Report of the Indian Hemp Drugs Commission, 1894-1895 - Volume VI
Year: 1894
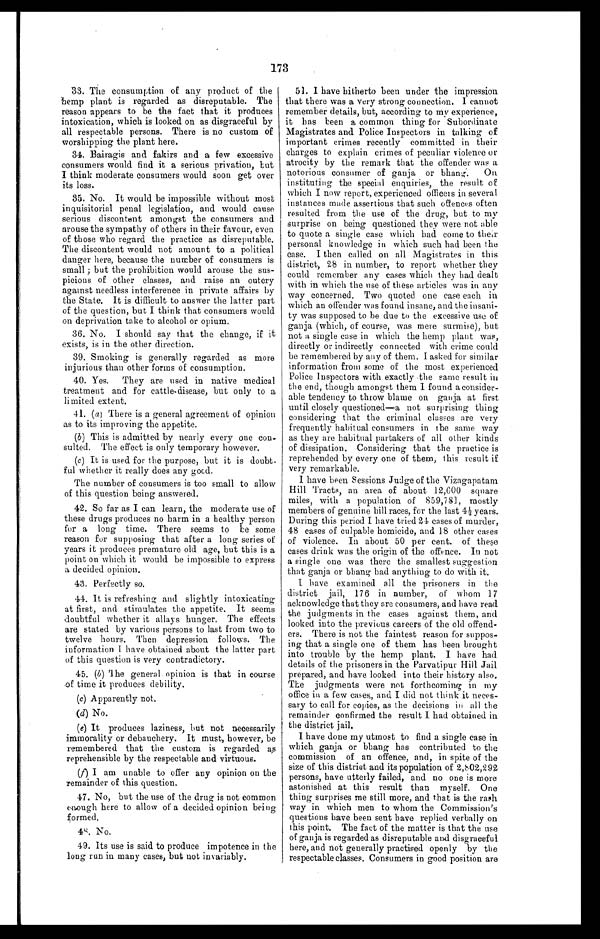
173
33. The consumption of any product of the
hemp plant is regarded as disreputable. The
reason appears to be the fact that it produces
intoxication, which is looked on as disgraceful by
all respectable persons. There is no custom of
worshipping the plant here.
34. Bairagis and fakirs and a few excessive
consumers would find it a serious privation, but
I think moderate consumers would soon get over
its loss.
35. No. It would be impossible without most
inquisitorial penal legislation, and would cause
serious discontent amongst the consumers and
arouse the sympathy of others in their favour, even
of those who regard the practice as disreputable.
The discontent would not amount to a political
danger here, because the number of consumers is
small ; but the prohibition would arouse the sus-
picions of other classes, and raise an outcry
against needless interference in private affairs by
the State. It is difficult to answer the latter part
of the question, but I think that consumers would
on deprivation take to alcohol or opium.
36. No. I should say that the change, if it
exists, is in the other direction.
39. Smoking is generally regarded as more
injurious than other forms of consumption.
40. Yes. They are used in native medical
treatment and for cattle-disease, but only to a
li mited extent.
41. (a) There is a general agreement of opinion
as to its improving the appetite.
(b) This is admitted by nearly every one con-
sulted. The effect is only temporary however.
(c) It is used for the purpose, but it is doubt-
ful whether it really does any good.
The number of consumers is too small to allow
of this question being answered.
42. So far as I can learn, the moderate use of
these drugs produces no harm in a healthy person
for a long time. There seems to be some
reason for supposing that after a long series of
years it produces premature old age, but this is a
point on which it would be impossible to express
a decided opinion.
43. Perfectly so.
44. It is refreshing and slightly intoxicating
at first, and stimulates the appetite. It seems
doubtful whether it allays hunger. The effects
are stated by various persons to last from two to
twelve hours. Then depression follows. The
information I have obtained about the latter part
of this question is very contradictory.
45. (b) The general opinion is that in course
of time it produces debility.
( c ) A p p a r e n t l y n o t .
(d) No.
(e) It produces laziness, but not necessarily
immorality or debauchery. It must, however, be
remembered that the custom is regarded as
reprehensible by the respectable and virtuous.
(f) I am unable to offer any opinion on the
remainder of this question.
47. No, but the use of the drug is not common
enough here to allow of a decided opinion being
formed.
48. No.
49. Its use is said to produce impotence in the
long run in many cases, but not invariably.
51. I have hitherto been under the impression
that there was a very strong connection. I cannot
remember details, but, according to my experience,
it has been a common thing for Subordinate
Magistrates and Police Inspectors in talking of
important crimes recently committed in their
charges to explain crimes of peculiar violence or
atrocity by the remark that the offender was a
notorious consumer of ganja or bhang. On
instituting the special enquiries, the result of
which I now report, experienced officers in several
instances made assertions that such offences often
resulted from the use of the drug, but to my
surprise on being questioned they were not able
to quote a single case which had come to their
personal knowledge in which such had been the
case. I then called on all Magistrates in this
district, 28 in number, to report whether they
could remember any cases which they had dealt
with in which the use of these articles was in any
way concerned. Two quoted one case each in
which an offender was found insane, and the insani-
ty was supposed to he due to the excessive use of
ganja (which, of course, was mere surmise), but
not a single case in which the hemp plant was,
directly or indirectly connected with crime could
be remembered by any of them. I asked for similar
information from some of the most experienced
Police Inspectors with exactly the same result in
the end, though amongst them I found a consider-
able tendency to throw blame on ganja at first
until closely questioned—a not surprising thing
considering that the criminal classes are very
frequently habitual consumers in the same way
as they are habitual partakers of all other kinds
of dissipation. Considering that the practice is
reprehended by every one of them, this result if
very remarkable.
I have been Sessions Judge of the Vizagapatam
Hill Tracts, an area of about 12,600 square
miles, with a population of 859,781, mostly
members of genuine hill races, for the last 4 1/2 years.
During this period I have tried 24 cases of murder,
48 cases of culpable homicide, and 18 other cases
of violence. In about 50 per cent. of these
cases drink was the origin of the offence. In not
a single one was there the smallest suggestion
that ganja or bhang had anything to do with it.
I have examined all the prisoners in the
district jail, 176 in number, of whom 17
acknowledge that they are consumers, and have read
the judgments in the cases against them, and
looked into the previous careers of the old offend-
ers. There is not the faintest reason for suppos-
ing that a single one of them has been brought
into trouble by the hemp plant. I have had
details of the prisoners in the Parvatipur Hill Jail
prepared, and have looked into their history also.
The judgments were not forthcoming in my
office in a few cases, and I did not think it neces-
sary to call for copies, as the decisions in all the
remainder confirmed the result I had obtained in
the district jail.
I have done my utmost to find a single case in
which ganja or bhang has contributed to the
commission of an offence, and, in spite of the
size of this district and its population of 2,802,292
persons, have utterly failed, and no one is more
astonished at this result than myself. One
thing surprises me still more, and that is the rash
way in which men to whom the Commission's
questions have been sent have replied verbally on
this point. The fact of the matter is that the use
of ganja is regarded as disreputable and disgraceful
here, and not generally practised openly by the
respectable classes. Consumers in good position are